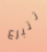
تتبرع